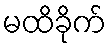
မထိခိုက်